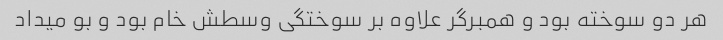
هر دو سوخته بود و همبرگر علاوه بر سوختگی وسطش خام بود و بو میداد